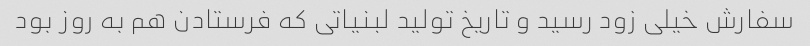
سفارش خیلی زود رسید و تاریخ تولید لبنیاتی که فرستادن هم به روز بود